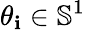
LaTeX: \theta_{\mathbf{i}}\in\mathbb{{S}}^{1}